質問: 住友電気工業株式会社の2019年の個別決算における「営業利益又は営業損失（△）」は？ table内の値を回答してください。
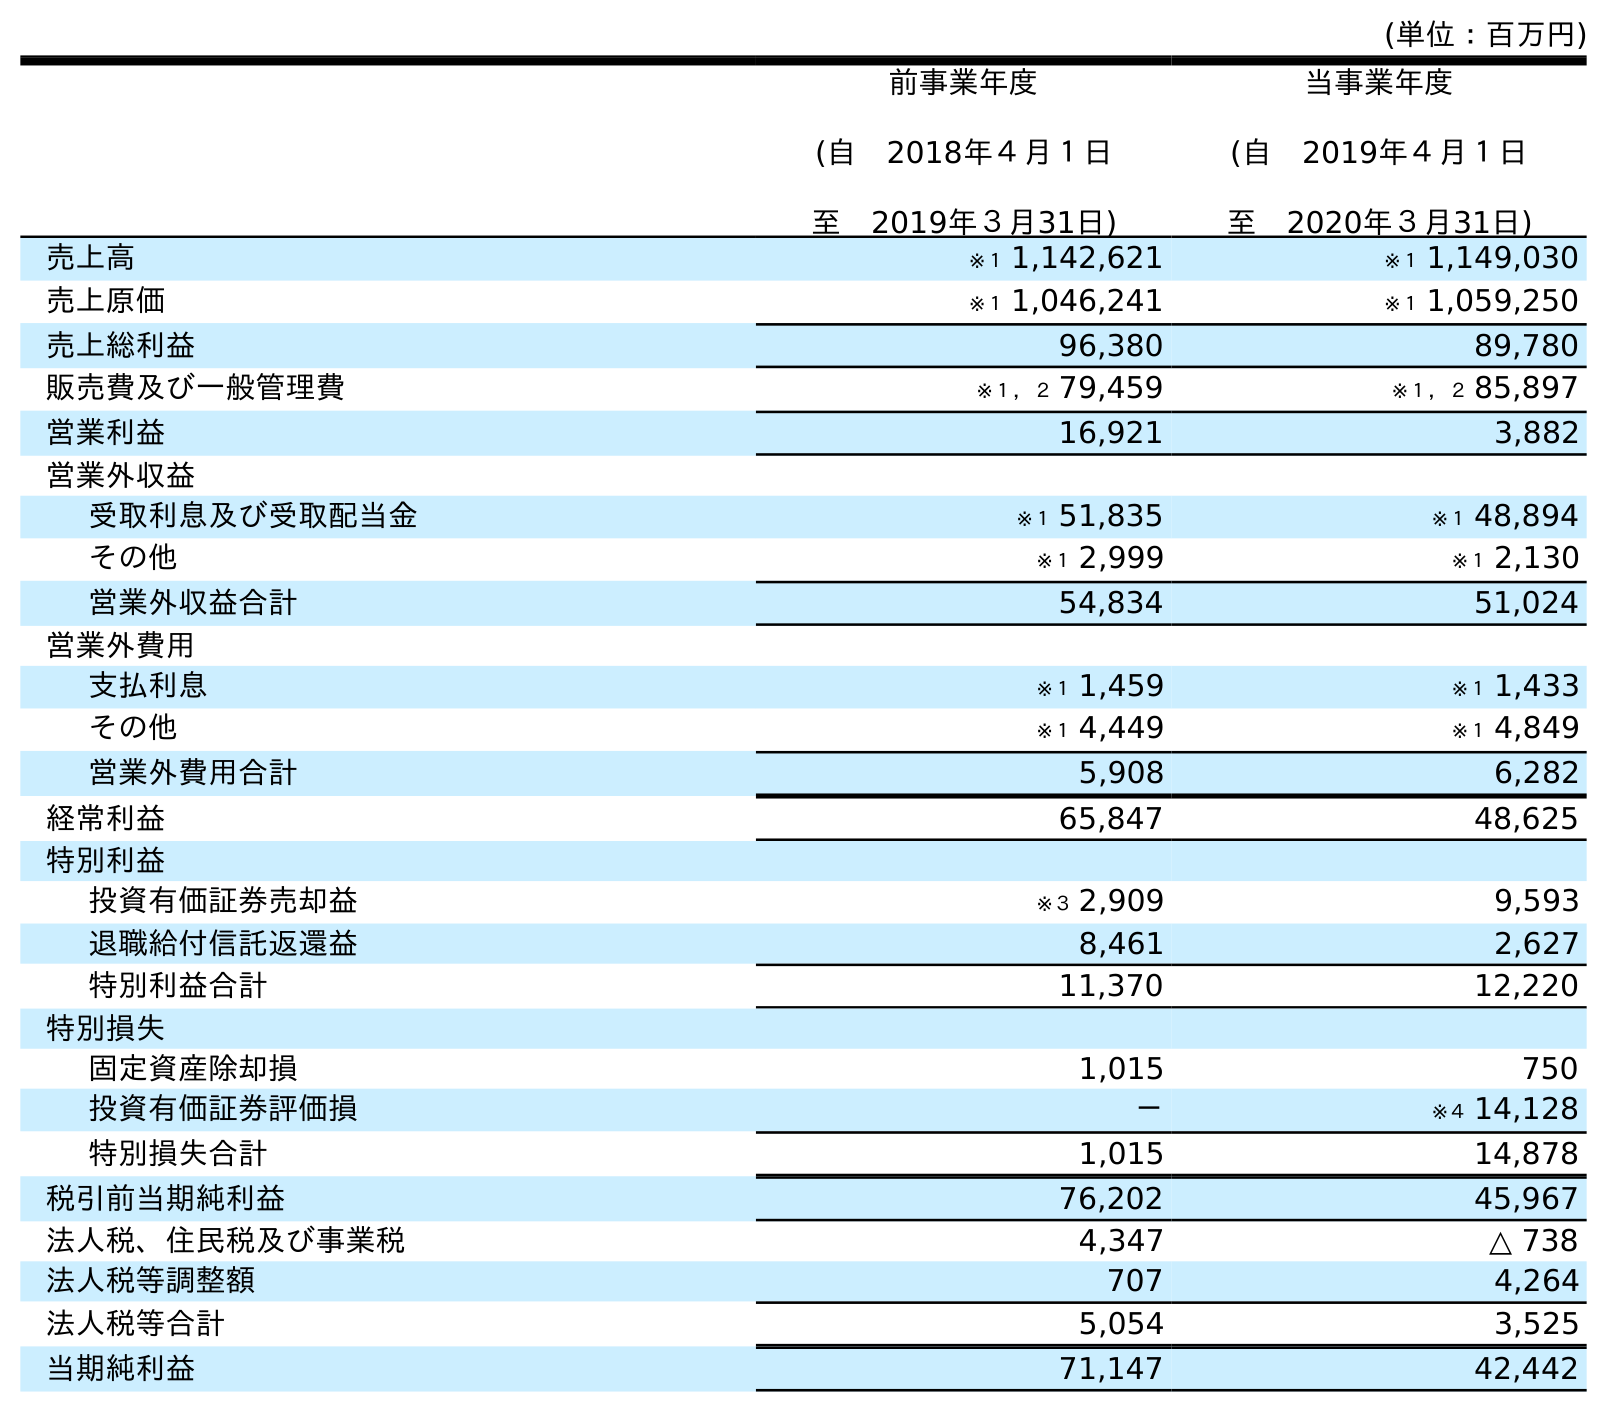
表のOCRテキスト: (単位：百万円) 前事業年度 (自 2018年４月１日 至 2019年３月31日) 当事業年度 (自 2019年４月１日 至 2020年３月31日) 売上高 ※１ 1,142,621 ※１ 1,149,030 売上原価 ※１ 1,046,241 ※１ 1,059,250 売上総利益 96,380 89,780 販売費及び一般管理費 ※１，２ 79,459 ※１，２ 85,897 営業利益 16,921 3,882 営業外収益 受取利息及び受取配当金 ※１ 51,835 ※１ 48,894 その他 ※１ 2,999 ※１ 2,130 営業外収益合計 54,834 51,024 営業外費用 支払利息 ※１ 1,459 ※１ 1,433 その他 ※１ 4,449 ※１ 4,849 営業外費用合計 5,908 6,282 経常利益 65,847 48,625 特別利益 投資有価証券売却益 ※３ 2,909 9,593 退職給付信託返還益 8,461 2,627 特別利益合計 11,370 12,220 特別損失 固定資産除却損 1,015 750 投資有価証券評価損 － ※４ 14,128 特別損失合計 1,015 14,878 税引前当期純利益 76,202 45,967 法人税、住民税及び事業税 4,347 △ 738 法人税等調整額 707 4,264 法人税等合計 5,054 3,525 当期純利益 71,147 42,442
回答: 16,921